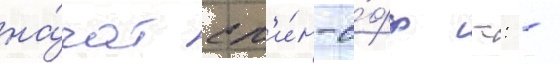
на́чат сп'и́н-о́фф -: -